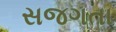
સજગતા